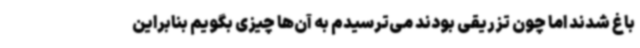
باغ شدند اما چون تزریقی بودند می‌ترسیدم به آن‌ها چیزی بگویم بنابراین